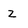
Character: Z